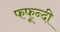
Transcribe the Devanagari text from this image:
फफून्दी